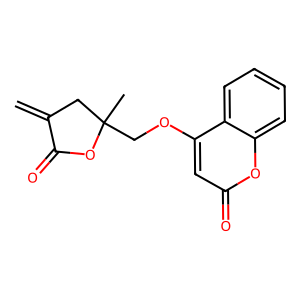
SMILES: C=C1CC(C)(COc2cc(=O)oc3ccccc23)OC1=O
Inhibits HIV replication: No